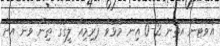
އެވަޓަން އަތުން 2-0 އިން މޮޅުވެ ޕްރިމިއާ ލީގުގެ ތިން ވަނަ އަށް